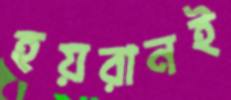
হয়রানই